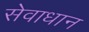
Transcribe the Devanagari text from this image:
सेवाधान